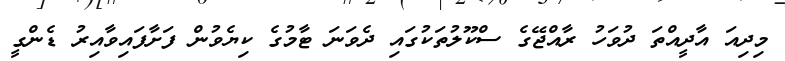
މިދިއަ އާދީއްތަ ދުވަހު ރާއްޖޭގެ ސްކޫލުތަކުގައި ދެވަނަ ޓާމުގެ ކިޔެވުން ފަށާފައިވާއިރު ޑެންގީ